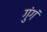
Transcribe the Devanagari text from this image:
गुंगं